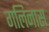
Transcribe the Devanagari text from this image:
गलिनास